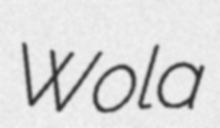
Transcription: Wola